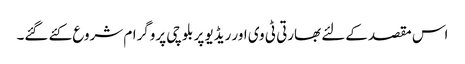
اس مقصد کےلئے بھارتی ٹی وی اور ریڈیو پر بلوچی پروگرام شروع کئے گئے۔